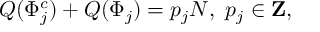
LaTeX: Q ( \Phi _ { j } ^ { c } ) + Q ( \Phi _ { j } ) = p _ { j } N , \ p _ { j } \in { \bf Z } ,